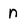
Character: n